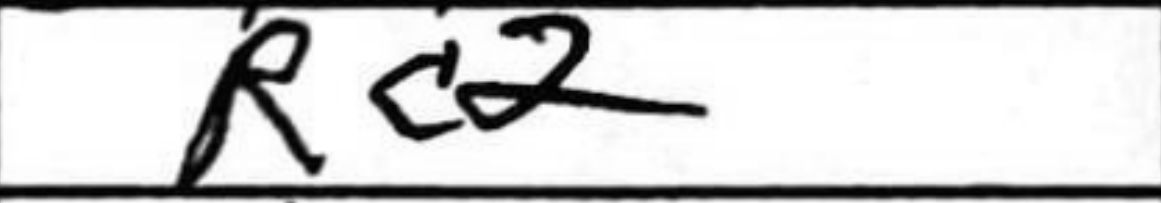
Transcription: Rc2